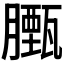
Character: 𮍃